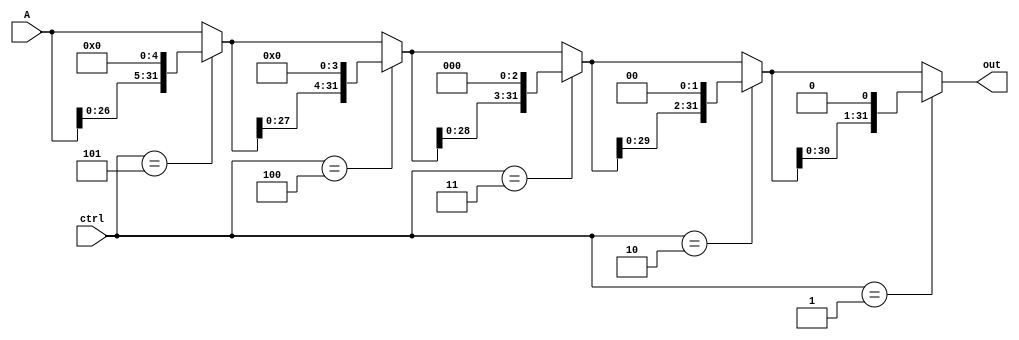
// Barrel shifter
module shifter(A, ctrl, out);
	input  [31:0] A;
	input  [4:0] ctrl;
	output [31:0] out;
	
	wire   [31:0] out5, out4, out3, out2; // Out3 shift 3-bit, Out2 shift 2-bit
	
	assign out5 = ctrl==5 ? {A[26:0]   , 5'b0} : A[31:0];
	assign out4 = ctrl==4 ? {out5[27:0], 4'b0} : out5[31:0];
	assign out3 = ctrl==3 ? {out4[28:0], 3'b0} : out4[31:0]; //3 bit
	assign out2 = ctrl==2 ? {out3[29:0], 2'b0} : out3[31:0]; // 2 bit
	assign out  = ctrl==1 ? {out2[30:0], 1'b0} : out2[31:0]; // 1 bit

endmodule